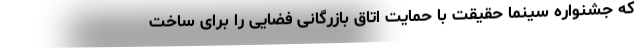
که جشنواره سینما حقیقت با حمایت اتاق بازرگانی فضایی را برای ساخت